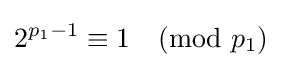
2^{p_{1}-1}\equiv 1{\pmod {p_{1}}}